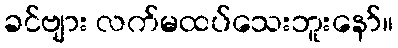
ခင်ဗျား လက်မထပ်သေးဘူးနော်။